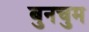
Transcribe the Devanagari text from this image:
बुनचुम